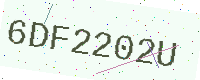
Text: 6DF2202U